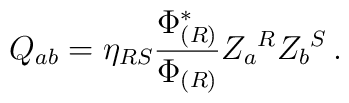
Q_{ab} = \eta_{RS}{\Phi^*_{(R)}\over \Phi_{(R)}}Z_a{}^R Z_b{}^S\,.